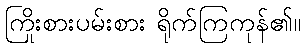
ကြိုးစားပမ်းစား ရိုက်ကြကုန်၏။